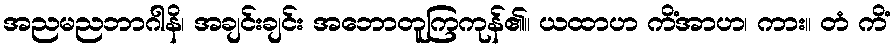
အညမညဘာဂါနိ၊ အချင်းချင်း အဘောတူကြကုန်၏။ ယထာဟ ကိံအာဟ၊ ကား။ တံ ကိံ